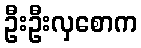
ဦးဦးလှစောက